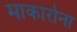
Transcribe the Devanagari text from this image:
माकार्रोना